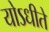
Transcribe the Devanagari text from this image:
योऽधीते